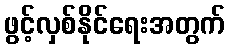
ဖွင့်လှစ်နိုင်ရေးအတွက်